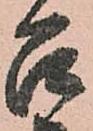
召